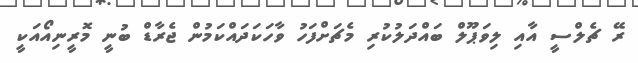
ރޭ ޗެލްސީ އާއި ލިވަޕޫލް ބައްދަލުކުރި މެޗަށްފަހު ވާހަކަދައްކަމުން ޖެރާޑް ބުނީ މޮރީނިއޯއަކީ